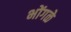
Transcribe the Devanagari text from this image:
भोंगळे